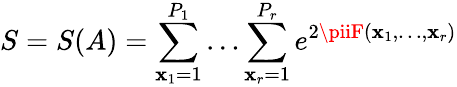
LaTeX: S=S(A)=\sum_{\mathbf{x}_{1}=1}^{P_{1}}\dots\sum_{\mathbf{x}_{r}=1}^{P_{r}}e^{2\piiF(\mathbf{x}_{1},\dots,\mathbf{x}_{r})}